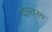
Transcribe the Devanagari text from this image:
यज्ञरहस्य